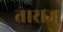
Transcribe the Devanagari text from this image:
ताराज